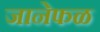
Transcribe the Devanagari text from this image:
जानेफळ